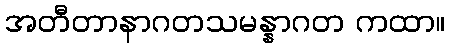
အတီတာနာဂတသမန္နာဂတ ကထာ။